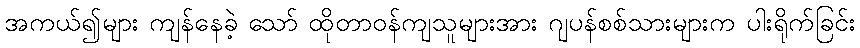
အကယ်၍များ ကျန်နေခဲ့ သော် ထိုတာဝန်ကျသူများအား ဂျပန်စစ်သားများက ပါးရိုက်ခြင်း